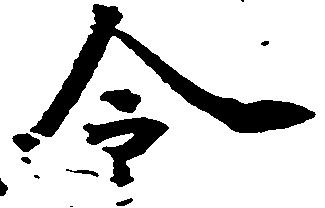
令